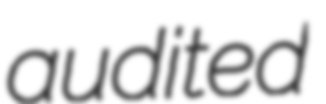
audited